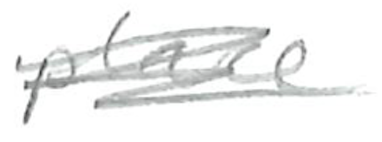
Text: place
Cross-out: scratch
Writing tool: pencil